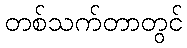
တစ်သက်တာတွင်